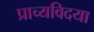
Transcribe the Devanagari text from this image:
प्राच्यविदया